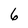
Character: 6